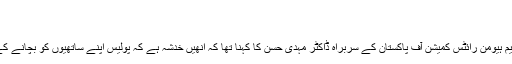
'
'پولیس دباؤ کا استعمال کرے گی'
پاکستان میں انسانی حقوق کی تنظیم ہیومن رائٹس کمیشن آف پاکستان کے سربراہ ڈاکٹر مہدی حسن کا کہنا تھا کہ انھیں خدشہ ہے کہ پولیس اپنے ساتھیوں کو بچانے کے لیے دباؤ کا استعمال کرے گی۔